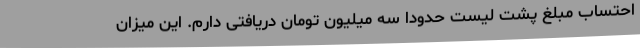
احتساب مبلغ پشت لیست حدودا سه میلیون تومان دریافتی دارم. این میزان